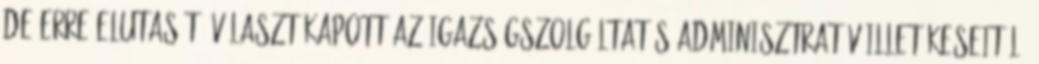
de erre elutasító választ kapott az igazságszolgáltatás adminisztratív illetékeseitől.